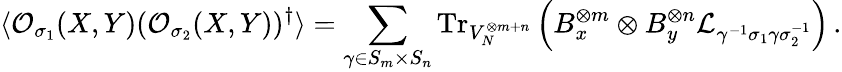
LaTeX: \langle\mathcal{O}_{\sigma_{1}}(X,Y)(\mathcal{O}_{\sigma_{2}}(X,Y))^{\dagger}\rangle=\sum_{\gamma\in S_{m}\times S_{n}}\mathrm{Tr}_{V_{N}^{\otimes m+n}}\left(B_{x}^{\otimes m}\otimes B_{y}^{\otimes n}\mathcal{L}_{\gamma^{-1}\sigma_{1}\gamma\sigma_{2}^{-1}}\right)\, .